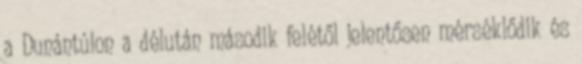
a Dunántúlon a délután második felétől jelentősen mérséklődik és